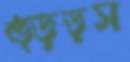
ত্ড়ড়স